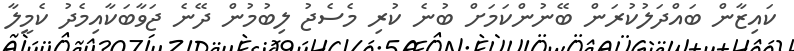
ކައިޒާން ބައްދަލުކުރަން ބޭނުންކަމަށް ބުނެ ކުރި މެސެޖު ލިބުމުން ދޭނެ ޖަވާބަކާއިމެދު ކެމީލާ